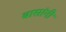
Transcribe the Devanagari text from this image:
बासांनी